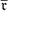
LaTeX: \overline { { \mathfrak { r } } }